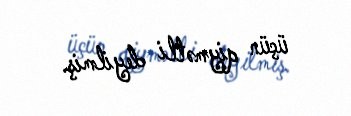
üçün qiymətli deyilmiş.